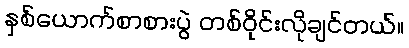
နှစ်ယောက်စာစားပွဲ တစ်ဝိုင်းလိုချင်တယ်။